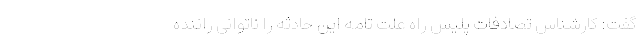
گفت: کارشناس تصادفات پلیس راه علت تامه این حادثه را ناتوانی راننده